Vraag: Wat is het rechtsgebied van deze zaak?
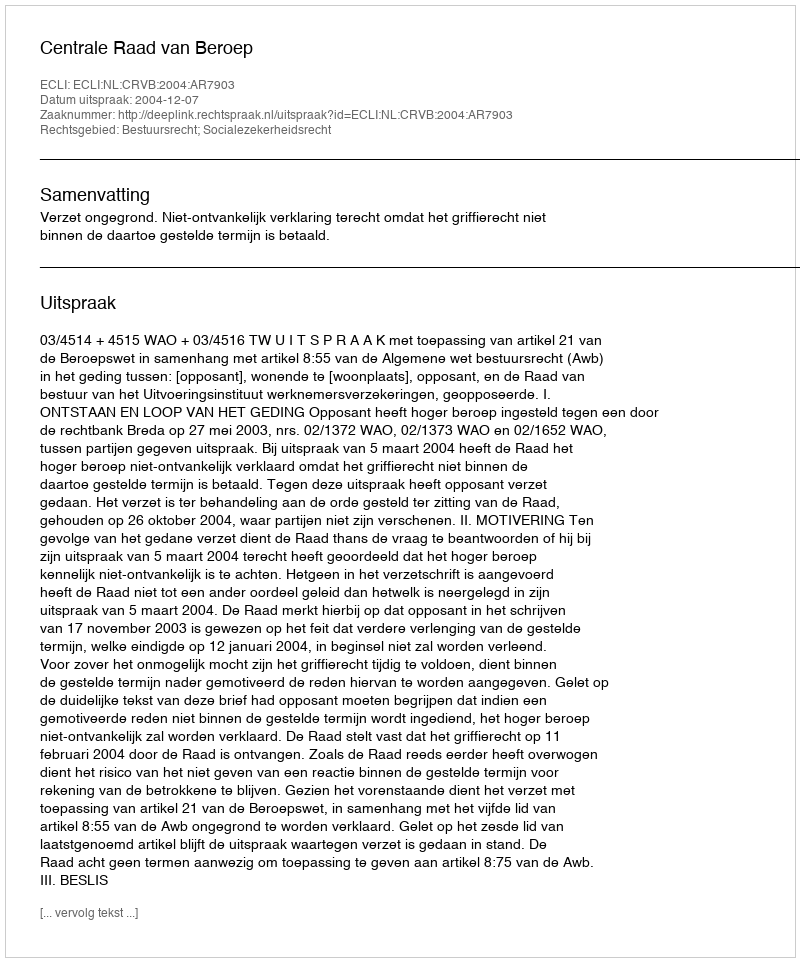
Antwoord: Bestuursrecht; Socialezekerheidsrecht